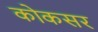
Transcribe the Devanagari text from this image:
कोकसर